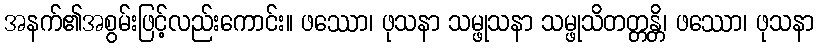
အနက်၏အစွမ်းဖြင့်လည်းကောင်း။ ဖဿော၊ ဖုသနာ သမ္ဖုသနာ သမ္ဖုသိတတ္တန္တိ၊ ဖဿော၊ ဖုသနာ